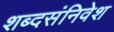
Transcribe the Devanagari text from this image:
शब्दसंनिवेश